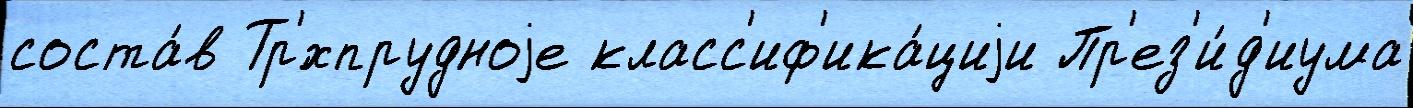
соста́в Тр'́хпрудноjе класс'иф'ика́циjи Пр'ез'и́д'иума